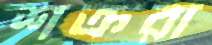
শক্ররা